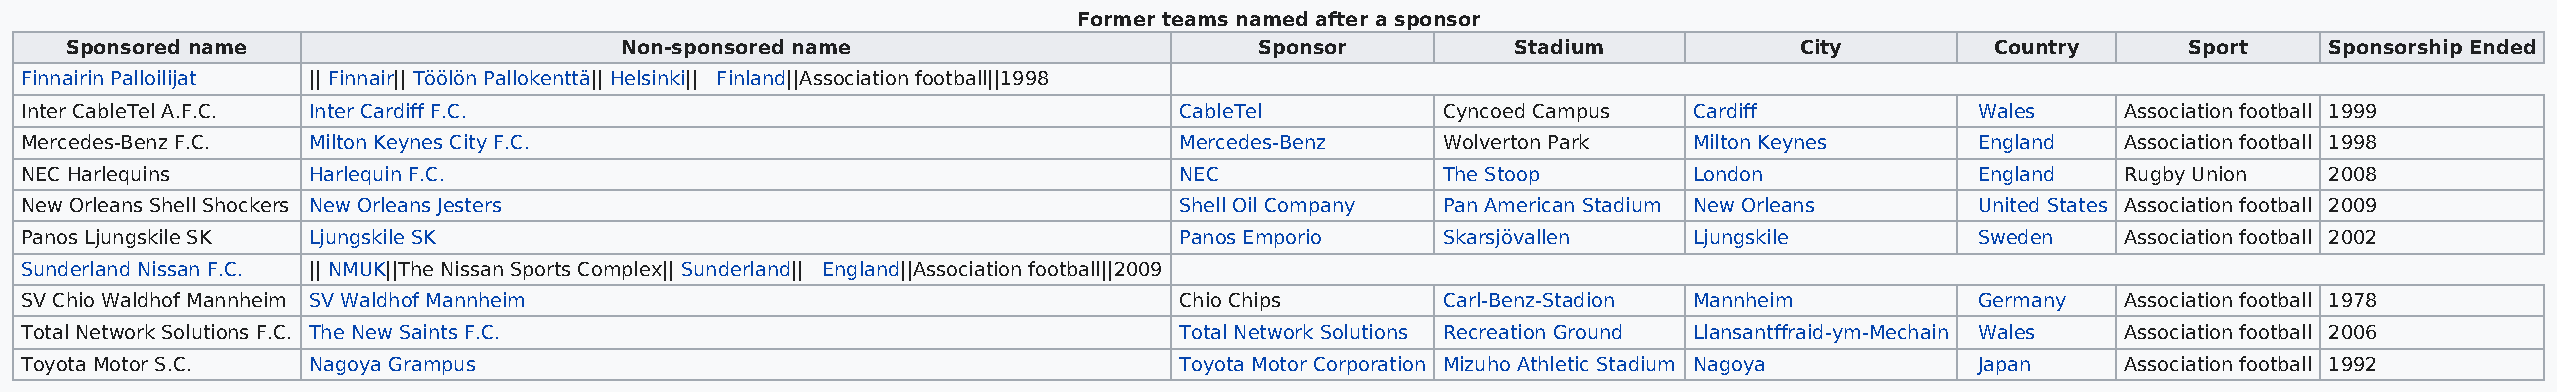
Former teams named after a sponsor
 Sponsored name                       Non-sponsored name                        Sponsor          Stadium            City         Country      Sport    Sponsorship Ended
 Finnairin Palloilijat || Finnair|| Töölön Pallokenttä|| Helsinki|| Finland||Association football||1998
 Inter CableTel A.F.C. Inter Cardiff F.C.                                     CableTel         Cyncoed Campus   Cardiff            Wales     Association football 1999
 Mercedes-Benz F.C. Milton Keynes City F.C.                                   Mercedes-Benz    Wolverton Park   Milton Keynes      England   Association football 1998
 NEC Harlequins     Harlequin F.C.                                            NEC              The Stoop        London             England   Rugby Union  2008
 New Orleans Shell Shockers New Orleans Jesters                               Shell Oil Company Pan American Stadium New Orleans   United States Association football 2009
 Panos Ljungskile SK Ljungskile SK                                            Panos Emporio    Skarsjövallen    Ljungskile         Sweden    Association football 2002
 Sunderland Nissan F.C. || NMUK||The Nissan Sports Complex|| Sunderland|| England||Association football||2009
 SV Chio Waldhof Mannheim SV Waldhof Mannheim                                 Chio Chips       Carl-Benz-Stadion Mannheim          Germany   Association football 1978
 Total Network Solutions F.C. The New Saints F.C.                             Total Network Solutions Recreation Ground Llansantffraid-ym-Mechain Wales Association football 2006
 Toyota Motor S.C.  Nagoya Grampus                                            Toyota Motor Corporation Mizuho Athletic Stadium Nagoya Japan  Association football 1992